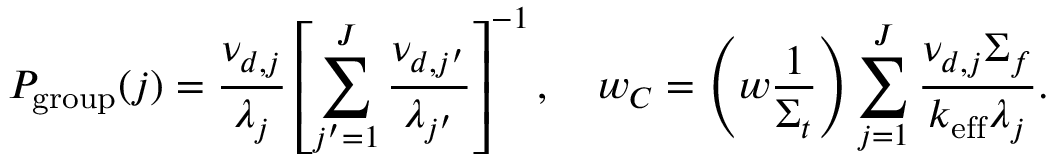
P _ { \mathrm { g r o u p } } ( j ) = \frac { \nu _ { d , j } } { \lambda _ { j } } \left[ \sum _ { j ^ { \prime } = 1 } ^ { J } \frac { \nu _ { d , j ^ { \prime } } } { \lambda _ { j ^ { \prime } } } \right] ^ { - 1 } , \quad w _ { C } = \left( w \frac { 1 } { \Sigma _ { t } } \right) \sum _ { j = 1 } ^ { J } \frac { \nu _ { d , j } \Sigma _ { f } } { k _ { \mathrm { e f f } } \lambda _ { j } } .